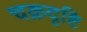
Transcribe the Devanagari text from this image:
चक्रदृष्टि